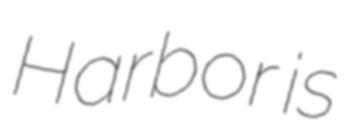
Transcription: Harbor is